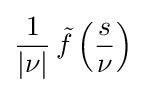
{\frac {1}{|\nu |}}\,{\tilde {f}}\left({\frac {s}{\nu }}\right)